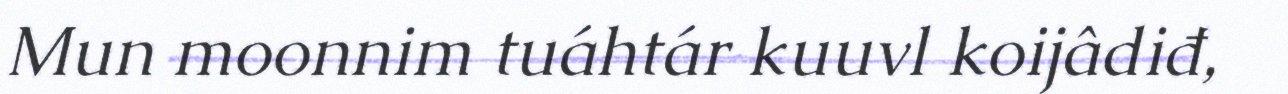
Mun moonnim tuáhtár kuuvl koijâdiđ,